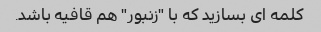
کلمه ای بسازید که با "زنبور" هم قافیه باشد.